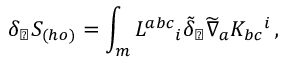
\delta _ { \perp } S _ { ( h o ) } = \int _ { m } L ^ { a b c } { } _ { i } \tilde { \delta } _ { \perp } \widetilde \nabla _ { a } K _ { b c } { } ^ { i } \, ,